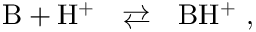
\begin{array} { r } { \mathrm { B + H ^ { + } ~ ~ \rightleftarrows ~ ~ B H ^ { + } \ , } } \end{array}